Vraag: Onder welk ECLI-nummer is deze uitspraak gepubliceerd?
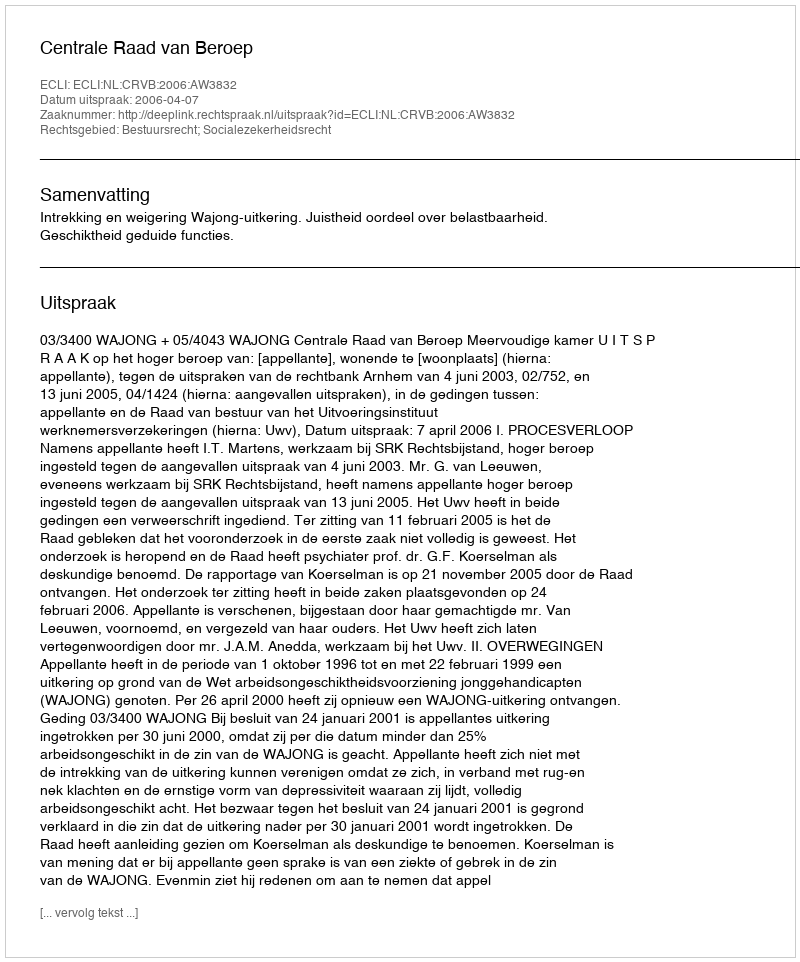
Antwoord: ECLI:NL:CRVB:2006:AW3832